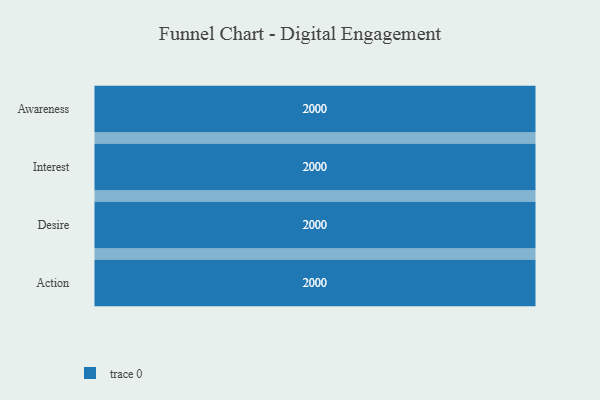
{"axis": {"x": "Stage", "y": "Value"}, "legend": [""], "data": [{"x": "Awareness", "y": 2000, "type": ""}, {"x": "Interest", "y": 2000, "type": ""}, {"x": "Desire", "y": 2000, "type": ""}, {"x": "Action", "y": 2000, "type": ""}]}